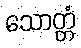
သောတ္တံ